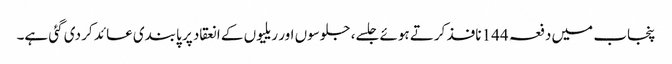
پنجاب میں دفعہ 144 نافذ کرتے ہوئے جلسے، جلوسوں اور ریلیوں کے انعقاد پر پابندی عائد کر دی گئی ہے۔